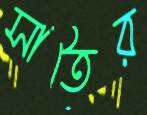
সাতৈর